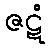
ဇဋံ